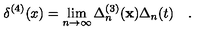
\delta ^ { ( 4 ) } ( x ) = \lim _ { n \to \infty } \Delta _ { n } ^ { ( 3 ) } ( { \bf x } ) \Delta _ { n } ( t ) \quad .